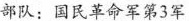
部队：国民革命军第3军